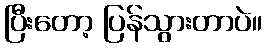
ပြီးတော့ ပြန်သွားတာပဲ။